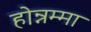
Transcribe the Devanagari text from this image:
होन्नम्मा